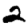
Digit: 2